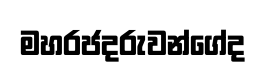
මහරජදරුවන්ගේද